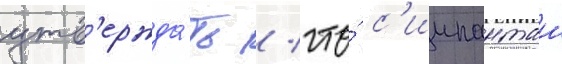
утв'ержда́ть / что́ с'иипанташ